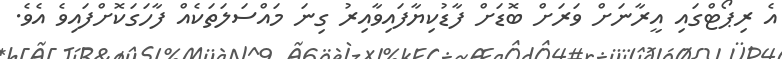
އެ ރިޕޯޓްގައި އީރާނަށް ވަރަށް ބޮޑަށް ފާޑުކިޔާފައިވާއިރު ގިނަ މައްސަލަތަކެއް ފާހަގަކޮށްފައިވެ އެވެ.